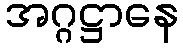
အဂ္ဂဋ္ဌာနေ